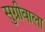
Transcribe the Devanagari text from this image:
सुग्रीवाला